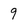
Character: 9